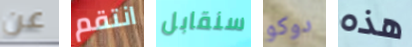
عن انتقم سنقابل دوكو هذه